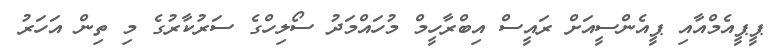
ޕީޕީއެމްއާއި ޕީއެންސީއަށް ރައީސް އިބްރާހީމް މުހައްމަދު ސޯލިހްގެ ސަރުކާރުގެ މި ތިން އަހަރު